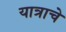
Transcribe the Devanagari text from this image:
यात्राचे